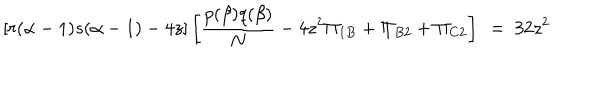
LaTeX: [ r ( \alpha - 1 ) s ( \alpha - 1 ) - 4 z ] \left[ \frac { p ( \beta ) q ( \beta ) } { N } - 4 z ^ { 2 } \Pi _ { 1 B } + \Pi _ { B 2 } + \Pi _ { C 2 } \right] ~ = ~ 3 2 z ^ { 2 }